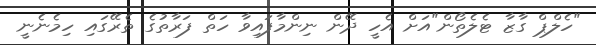
"ހެލްޕް ގާޒާ ޓެލެތޯން"އަށް އެހީ ދޭން ނިންމާފައިވާ ހަތް ފަރާތުގެ ތެރޭގައި ހިމެނެނީ